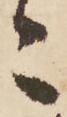
々